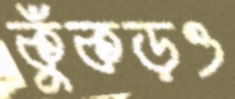
কুঁকড়ও